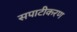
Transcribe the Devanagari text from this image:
सपाटीकरण